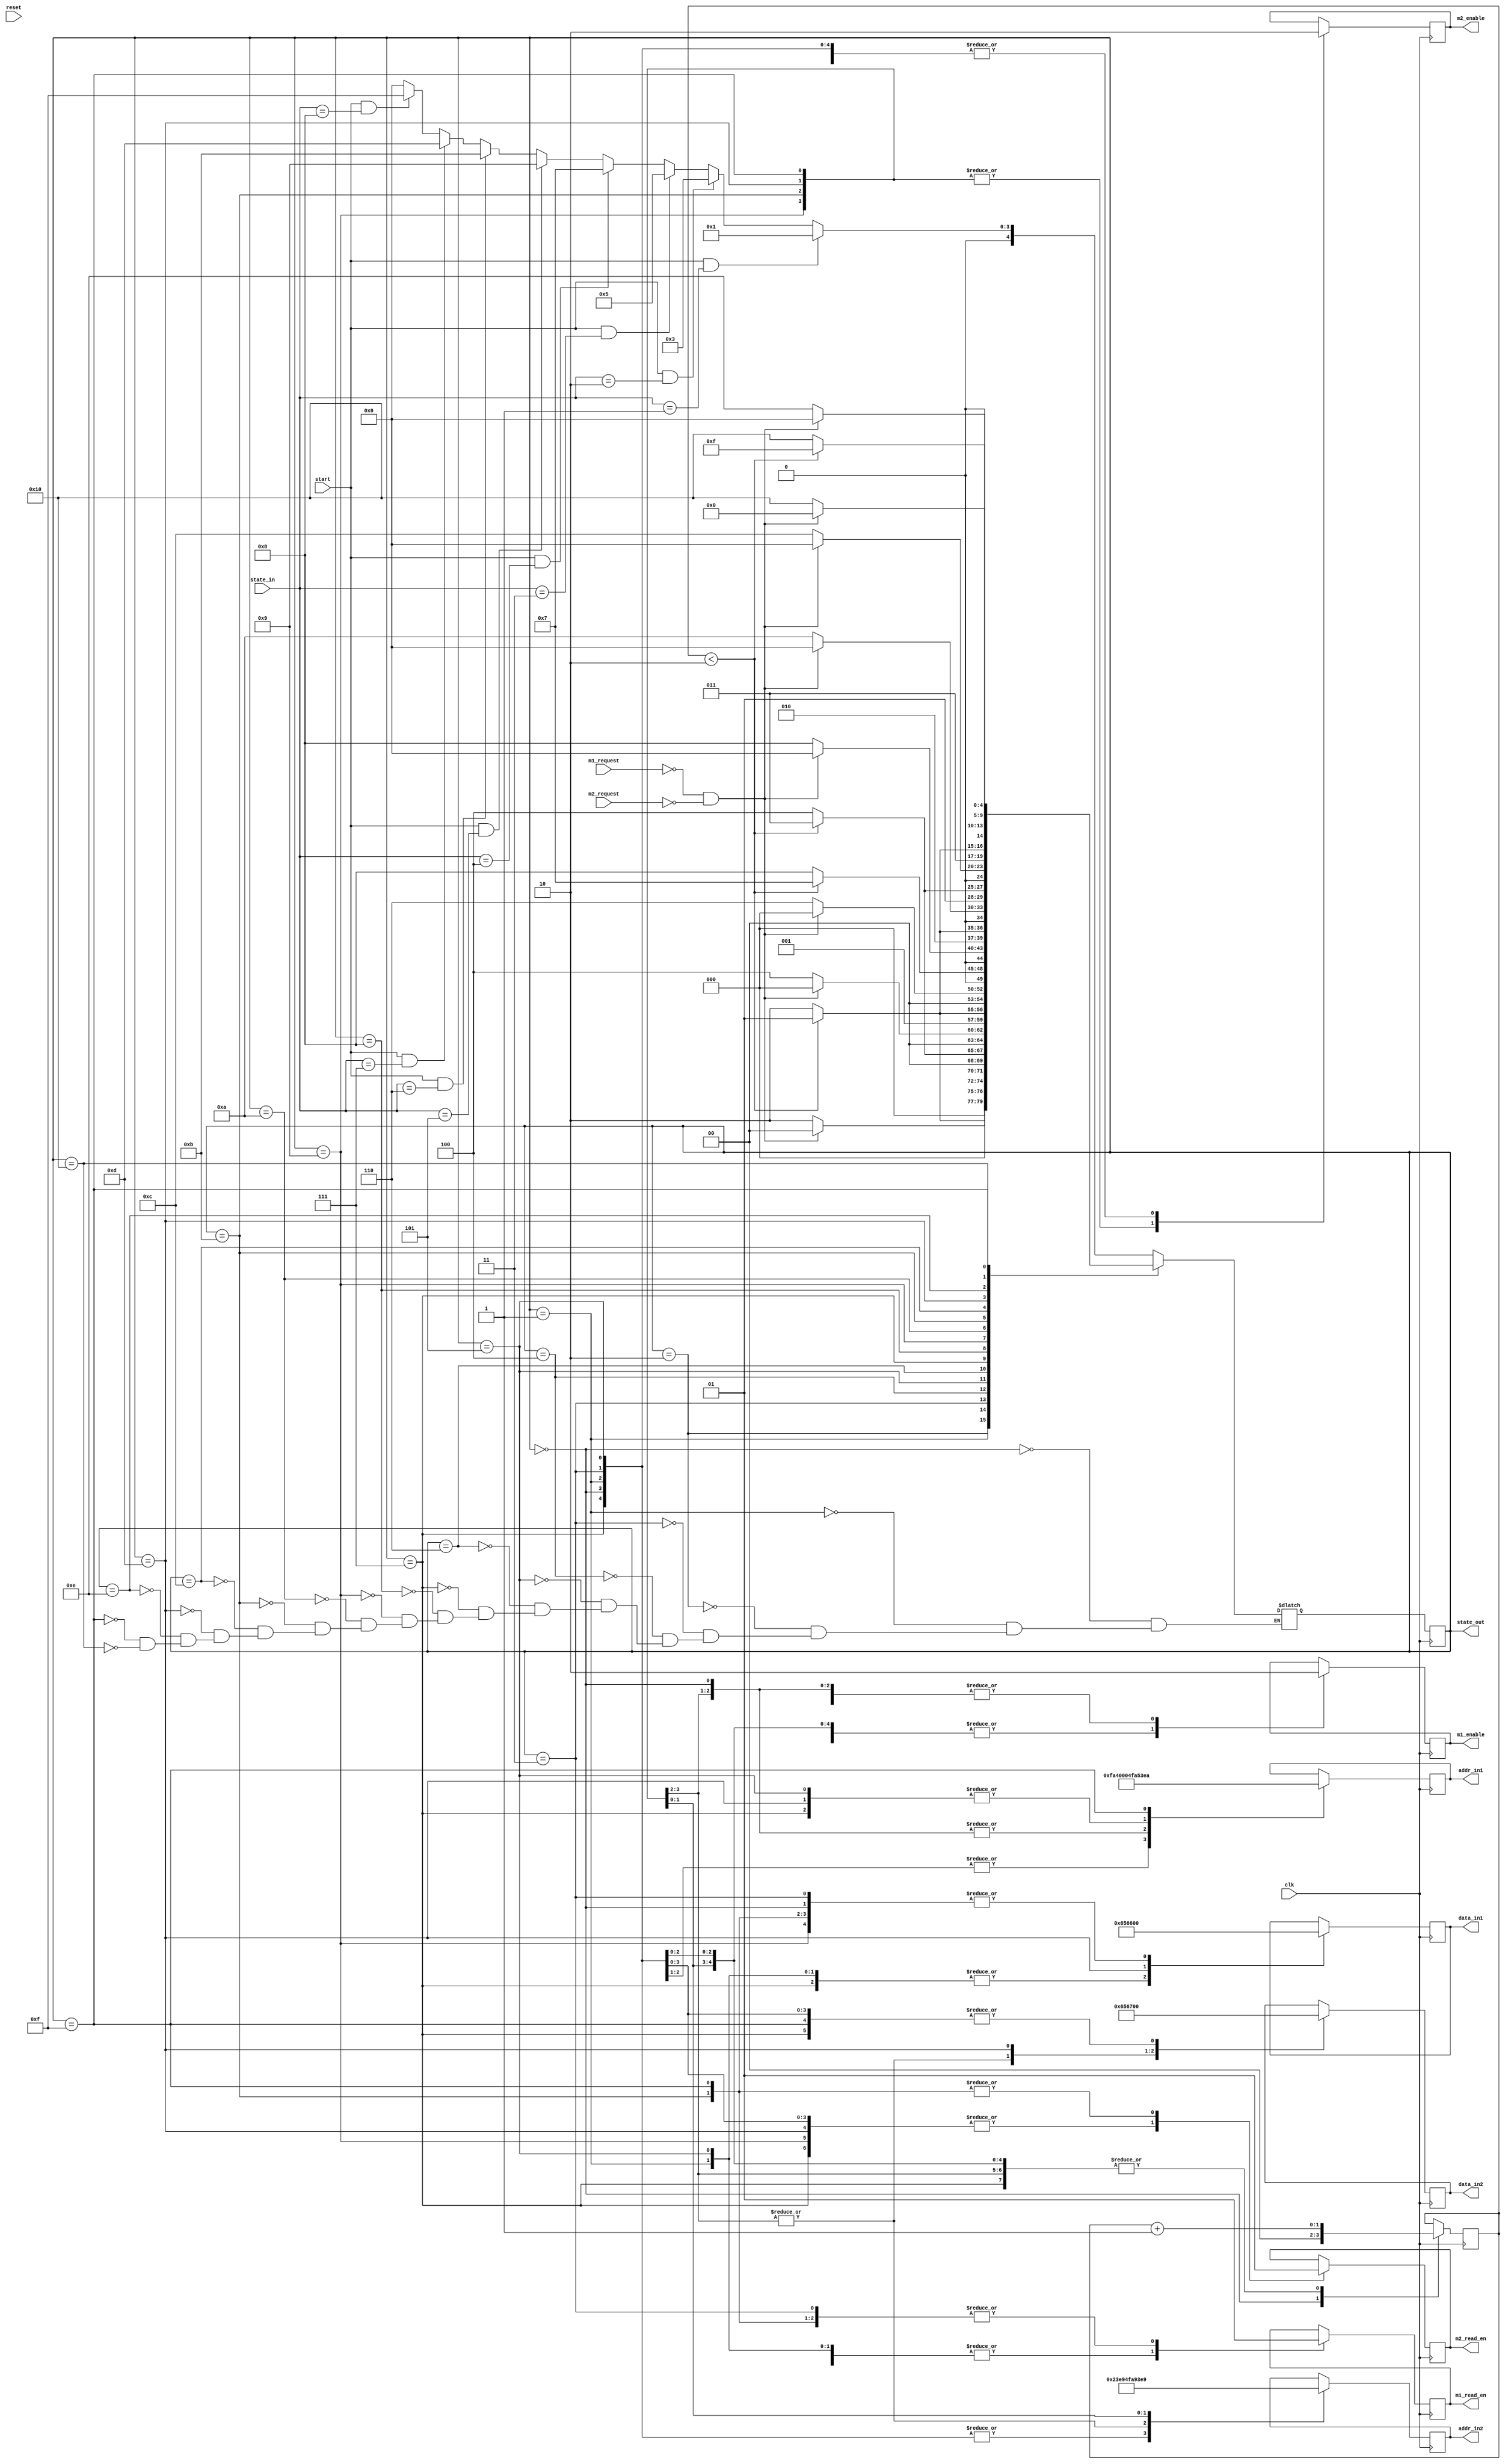
module controller ( input clk, reset,start,
                    input m1_request,m2_request,
                    input [4:0] state_in,
                    output reg m1_enable, m2_enable,
                    output reg m1_read_en, m2_read_en,
                    output reg [7:0] data_in1, data_in2,
                    output reg [13:0] addr_in1, addr_in2,
                    output [4:0] state_out);
    
    reg [4:0] state = 5'd0;
    reg [4:0] next_state = 5'd0; 
    reg [1:0] counter = 2'd0;

    assign state_out = state;

    parameter   idle = 5'd0,
                state1a = 5'd1,
                state1b = 5'd2,
                state2a = 5'd3,
                state2b = 5'd4,
                state3a = 5'd5,
                state3b = 5'd6,
                state4a = 5'd7,
                state4b = 5'd8,
                state5a = 5'd9,
                state5b = 5'd10,
                state6a = 5'd11,
                state6b = 5'd12,
                state7a = 5'd13,
                state7b = 5'd14,
                state8a = 5'd15,
                state8b = 5'd16;


    always @(*) begin
        case (state)
            idle: begin
                if (start == 1 && state_in == 5'd1)     
                    next_state <= state1a;
                else if (start == 1 && state_in ==5'd2)
                    next_state <= state2a;
                else if (start == 1 && state_in ==5'd3)
                    next_state <= state3a;
                else if (start == 1 && state_in ==5'd4)
                    next_state <= state4a;
                else if (start == 1 && state_in ==5'd5)
                    next_state <= state5a;
                else if (start == 1 && state_in ==5'd6)
                    next_state <= state6a;
                else if (start == 1 && state_in ==5'd7)
                    next_state <= state7a;
                else if (start == 1 && state_in ==5'd8)
                    next_state <= state8a;
                else 
                    next_state <= idle;
                
            end

            //master 1 write to slave 1
            state1a:begin
                if (counter <2'd2)
                    next_state <= state1a;
                else
                    next_state <=state1b;
                
            end

            state1b: begin
                if (m1_request == 0 && m2_request == 0)
                    next_state <= idle;
                else
                    next_state <=state1b;
                
            end

            //master 1 read from slave 1
            state2a:begin
               if (counter <2'd2)
                    next_state <= state2a;
                else
                    next_state <=state2b;
            end

            state2b: begin
               if (m1_request == 0 && m2_request == 0)
                    next_state <= idle;
                else
                    next_state <=state2b;
            end

            //master 1 write to slave 2
            state3a:begin
                if (counter <2'd2)
                    next_state <= state3a;
                else
                    next_state <=state3b;
            end

            state3b: begin
                if (m1_request == 0 && m2_request == 0)
                    next_state <= idle;
                else
                    next_state <=state3b;
            end

            //master 1 read from slave 2    
            state4a:begin
                if (counter <2'd2)
                    next_state <= state4a;
                else
                    next_state <=state4b;
            end

            state4b: begin
                if (m1_request == 0 && m2_request == 0)
                    next_state <= idle;
                else
                    next_state <=state4b;
            end

            //master 2 write to slave 3
            state5a:begin
                if (counter <2'd2)
                    next_state <= state5a;
                else
                    next_state <=state5b;
            end

            state5b: begin
                if (m1_request == 0 && m2_request == 0)
                    next_state <= idle;
                else
                    next_state <=state5b;
            end

            //master 2 read from slave 3    
            state6a:begin
                if (counter <2'd2)
                    next_state <= state6a;
                else
                    next_state <=state6b;
            end

            state6b: begin
                if (m1_request == 0 && m2_request == 0)
                    next_state <= idle;
                else
                    next_state <=state6b;
            end

            //master 1,2 write at same time
            state7a:begin
                if (counter <2'd2)
                    next_state <= state7a;
                else
                    next_state <=state7b;
            end

            state7b: begin
                if (m1_request == 0 && m2_request == 0)
                    next_state <= idle;
                else
                    next_state <=state7b;
            end

            //master 1,2 read at same time   
            state8a:begin
                if (counter <2'd2)
                    next_state <= state8a;
                else
                    next_state <=state8b;
            end

            state8b: begin
                if (m1_request == 0 && m2_request == 0)
                    next_state <= idle;
                else
                    next_state <=state8b;
            end
        endcase
        
    end

    always @(posedge clk) begin
        state <= next_state;
    end

    always @(posedge clk) begin
        case (state)
            idle: begin
                counter <= 2'd0;
                m1_enable <= 0; m2_enable <= 0;
                m1_read_en <= 0; m2_read_en <= 0;
                data_in1 <= 8'd0; data_in2 <= 8'd0;
                addr_in1 <= 14'd0; addr_in2 <= 14'd0;
            end

            //master 1 write to slave 1
            state1a:begin
                counter <= counter + 2'd1;
                m1_enable <= 1; m2_enable <= 0;
                m1_read_en <= 0; m2_read_en <= 0;
                data_in1 <= 8'd101; data_in2 <= 8'd0;
                addr_in1 <= 14'd1001; addr_in2 <= 14'd0;
            end

            state1b: begin
                m1_enable <= 0;
            end

            //master 1 read from slave 1
            state2a:begin
                counter <= counter + 2'd1;
                m1_enable <= 1; m2_enable <= 0;
                m1_read_en <= 1; m2_read_en <= 0;
                data_in1 <= 8'd0; data_in2 <= 8'd0;
                addr_in1 <= 14'd1001; addr_in2 <= 14'd0;
            end

            state2b: begin
                m1_enable <= 0;
            end

            //master 1 write to slave 2
            state3a:begin
                counter <= counter + 2'd1;
                m1_enable <= 1; m2_enable <= 0;
                m1_read_en <= 0; m2_read_en <= 0;
                data_in1 <= 8'd101; data_in2 <= 8'd0;
                addr_in1 <= 14'd5097; addr_in2 <= 14'd0;
            end

            state3b: begin
                m1_enable <= 0;
            end

            //master 1 read from slave 2    
            state4a:begin
                counter <= counter + 2'd1;
                m1_enable <= 1; m2_enable <= 0;
                m1_read_en <= 1; m2_read_en <= 0;
                data_in1 <= 8'd101; data_in2 <= 8'd0;
                addr_in1 <= 14'd5097; addr_in2 <= 14'd0;
            end

            state4b: begin
                m1_enable <= 0;
            end

            //master 2 write to slave 3
            state5a:begin
                counter <= counter + 2'd1;
                m1_enable <= 0; m2_enable <= 1;
                m1_read_en <= 0; m2_read_en <= 0;
                data_in2 <= 8'd101; data_in1 <= 8'd0;
                addr_in2 <= 14'd9193; addr_in1 <= 14'd0;
            end

            state5b: begin
                m2_enable <= 0;
            end

            //master 2 read from slave 3    
            state6a:begin
                counter <= counter + 2'd1;
                m1_enable <= 0; m2_enable <= 1;
                m1_read_en <= 1; m2_read_en <= 1;
                data_in2 <= 8'd101; data_in1 <= 8'd0;
                addr_in2 <= 14'd9193; addr_in1 <= 14'd0;
            end

            state6b: begin
                m2_enable <= 0;
            end

            //master 1,2 write at same time
            state7a:begin
                counter <= counter + 2'd1;
                m1_enable <= 1; m2_enable <= 1;
                m1_read_en <= 0; m2_read_en <= 0;
                data_in1 <= 8'd102; data_in2 <= 8'd103;
                addr_in1 <= 14'd5097; addr_in2 <= 14'd5098;
            end

            state7b: begin
                m1_enable <= 0; m2_enable <= 0;
            end

            //master 1,2 read at same time   
            state8a:begin
                counter <= counter + 2'd1;
                m1_enable <= 1; m2_enable <= 1;
                m1_read_en <= 1; m2_read_en <= 1;
                data_in1 <= 8'd0; data_in2 <= 8'd0;
                addr_in1 <= 14'd5098; addr_in2 <= 14'd5097;
            end

            state8b: begin
                m1_enable <= 0; m2_enable <= 0;
            end
        endcase

    end  


endmodule